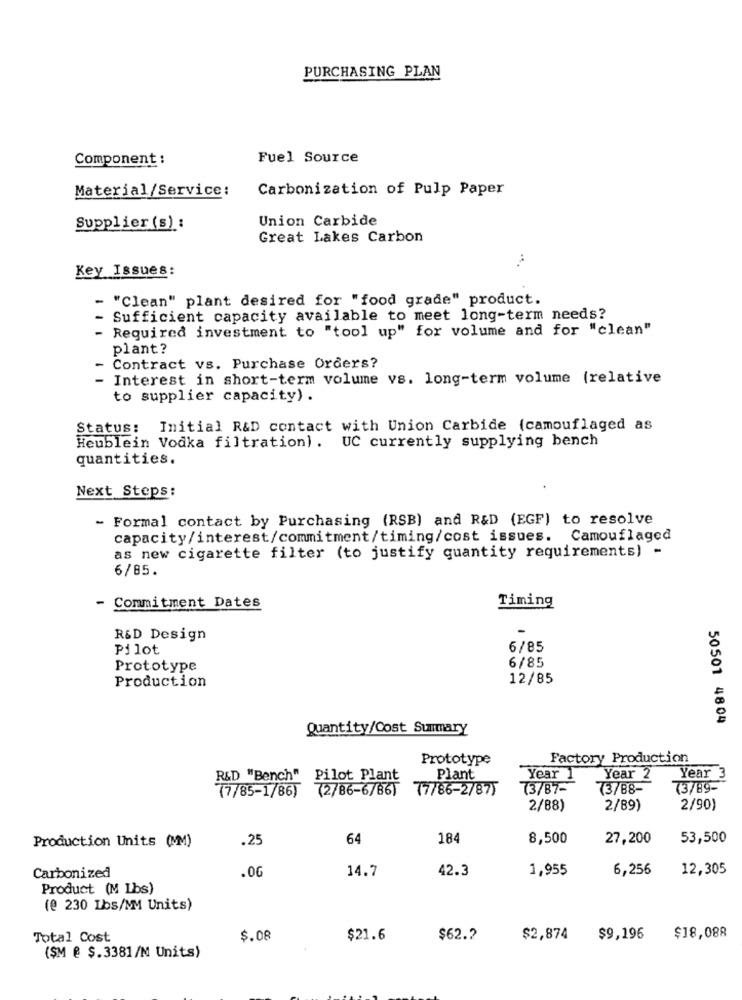
PURCHASING PLAN
Component :
Fuel Source
Material/Service:
Carbonization of Pulp Paper
Union Carbide
Supplier (s) :
Great Lakes Carbon
Key Issues:
"Clean" plant desired for "food grade" product.
Sufficient capacity available to meet long-term needs?
Required investment to "tool up" for volume and for "clean"
plant?
Contract vs. Purchase Orders?
Interest in short-term volume vs. long-term volume (relative
to supplier capacity) .
Status: Initial R&D contact with Union Carbide (camouflaged as
Heublein Vodka filtration). UC currently supplying bench
quantities.
Next Steps:
- Formal contact by Purchasing (RSB) and R&D (EGF) to resolve
capacity/interest/commitment/timing/cost issues. Camouflaged
as new cigarette filter (to justify quantity requirements) -
6/85.
Timing
- Commitment Dates
R&D Design
Pilot
6/85
6/85
Prototype
Production
12/85
50501 4804
Quantity/Cost Summary
Prototype
Factory Production
R&D "Bench" Pilot Plant
Plant
Year 1
Year 2
Year
(7/85-1/86) (2/86-6/86)
77/86-2/87)
(3/87-
(3/88-
(3/89-
2/88)
2/89
2/90)
Production Units (MM)
.25
64
184
8,500
27,200
53,500
.0G
14.7
42.3
1,955
6,256
12,305
Carbonized
Product (M Lbs)
(@ 230 Lbs/MM Units)
Total Cost
$.08
$21.6
$62.2
$2,874
$9,196
$18,088
(SM @ $.3381/M Units)